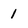
Character: 1